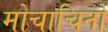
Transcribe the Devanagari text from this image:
मोचाचिनो